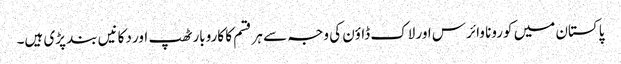
پاکستان میں کورونا وائرس اور لاک ڈاؤن کی وجہ سے ہر قسم کا کاروبار ٹھپ اور دکانیں بند پڑی ہیں۔